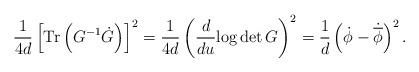
LaTeX: \begin{align*}\frac{1}{4d}\left[\mathrm{Tr}\left(G^{-1}\dot{G}\right)\right]^2=\frac{1}{4d}\left(\frac{d}{du}{\log\det G}\right)^2=\frac{1}{d}\left(\dot{\phi}-\dot{\overline{\phi}} \right)^2.\end{align*}